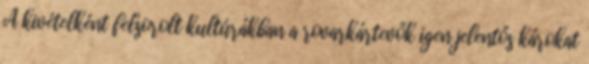
A kivételként felsorolt kultúrákban a rovarkártevők igen jelentős károkat